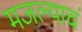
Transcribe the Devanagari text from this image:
मजल्याचं